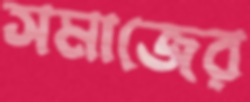
সমাজের